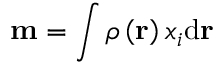
\mathbf { m } = \int \rho \left( \mathbf { r } \right) x _ { i } \mathrm { d } \mathbf { r }